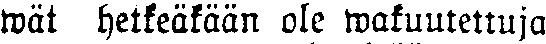
wät hetkeäkään ole wakuutettuja